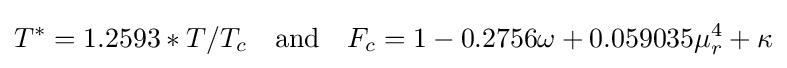
T^{*}=1.2593*T/T_{c}\quad {\text{and}}\quad F_{c}=1-0.2756\omega +0.059035\mu _{r}^{4}+\kappa